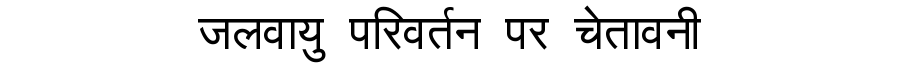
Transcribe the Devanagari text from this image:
जलवायु परिवर्तन पर चेतावनी